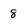
Character: 8